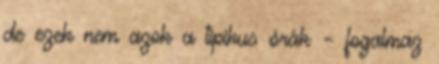
de ezek nem azok a tipikus órák – fogalmaz